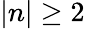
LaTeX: |n|\ge 2